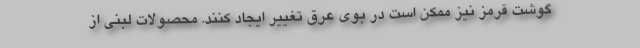
گوشت قرمز نیز ممکن است در بوی عرق تغییر ایجاد کنند. محصولات لبنی از